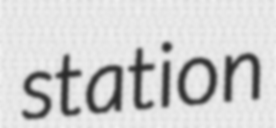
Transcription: station